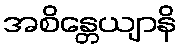
အစိန္တေယျာနိ